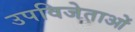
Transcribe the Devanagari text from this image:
उपविजेताओं